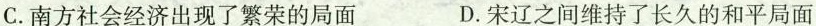
C.南方社会经济出现了繁荣的局面 D.宋辽之间维持了长久的和平局面